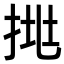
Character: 𢬹